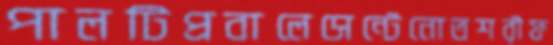
পালটিপ্রবালেসেন্টেনোতশরীফ